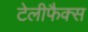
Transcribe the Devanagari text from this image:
टेलीफैक्स